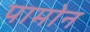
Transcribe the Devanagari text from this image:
पामोन